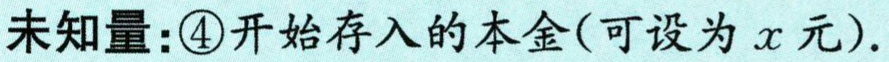
未知量：\textcircled{4}开始存入的本金(可设为\(x\)元).